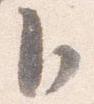
臣